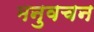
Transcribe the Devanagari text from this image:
मनुवचन